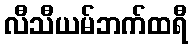
လီသီယမ်ဘက်ထရီ